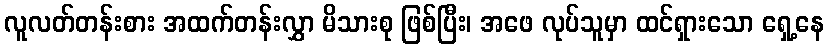
လူလတ်တန်းစား အထက်တန်းလွှာ မိသားစု ဖြစ်ပြီး၊ အဖေ လုပ်သူမှာ ထင်ရှားသော ရှေ့နေ